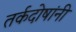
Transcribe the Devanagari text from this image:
तर्कदोषांनी